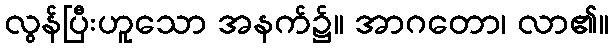
လွန်ပြီးဟူသော အနက်၌။ အာဂတော၊ လာ၏။